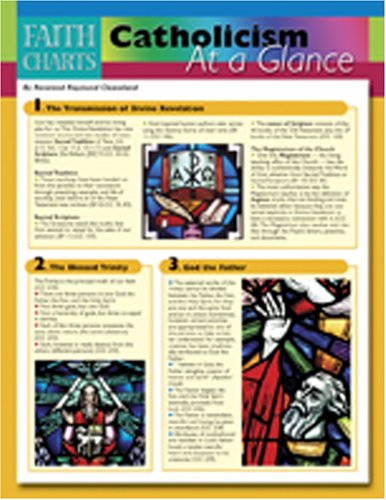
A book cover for Faith Charts: Catholicism at a Glace; Raymond Cleaveland; Christian Books & Bibles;